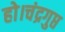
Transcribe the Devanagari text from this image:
हो।चंद्रगुप्त